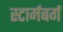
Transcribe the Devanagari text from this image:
स्टार्मबर्ग